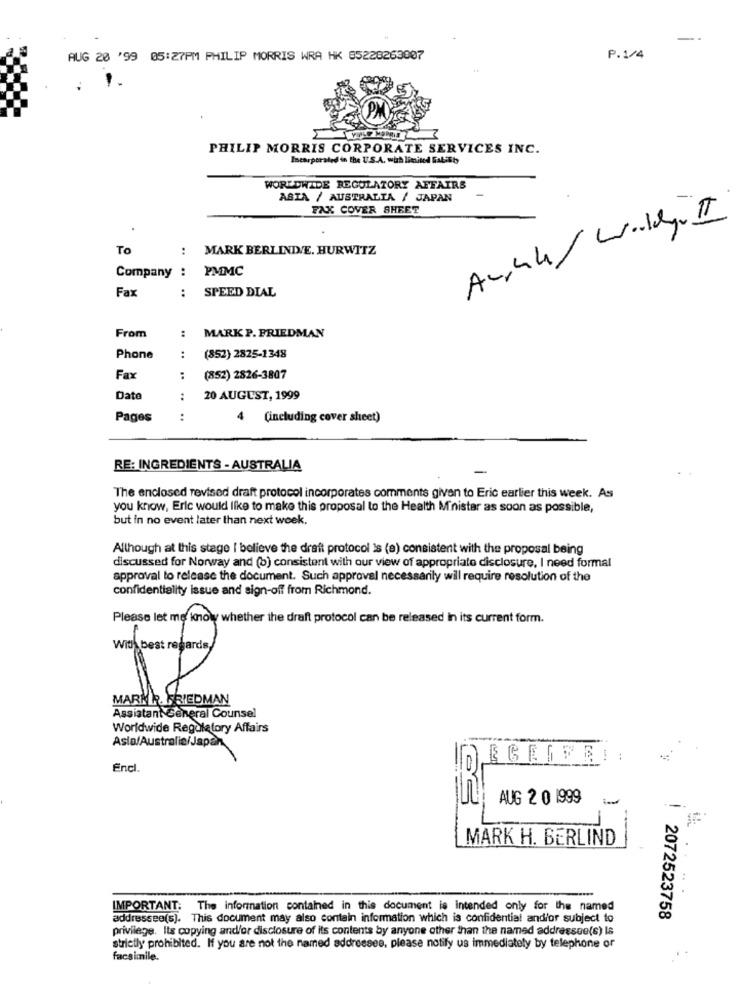
-
AUG 20 '99 05:27PM PHILIP MORRIS WRA HK 85228263007
P.1/4
PHILIP MORRIS CORPORATE SERVICES INC.
Incorporated in the U.S.A. with limited Gabibbo
WORLDWIDE REGULATORY AFFAIRS
ASIA / AUSTRALIA / JAPAN
FAX COVER SHEET
Au,44/ Waldy. It
To
:
MARK BERLINDE. HURWITZ
Company : PMMC
Fax
:
SPEED DIAL
:
From
MARK P. FRIEDMAN
Phone
:
(852) 2825-1348
Fax
:
(852) 2826-3807
Date
:
20 AUGUST, 1999
Pages
:
4
(including cover sheet)
RE: INGREDIENTS - AUSTRALIA
The enclosed revised draft protocol incorporates comments given to Eric earlier this week. As
you know, Eric would like to make this proposal to the Health Minister as soon as possible,
but in no event later than next week.
Although at this stage I believe the draft protocol is (e) consistent with the proposal being
discussed for Norway and (b) consistent with our view of appropriate disclosure, I need formal
approval to release the document. Such approval necessarily will require resolution of the
confidentiality issue and sign-off from Richmond.
Please let me know whether the draft protocol can be released In its current form.
With best regards,
IN
MARK R. FRIEDMAN
Assistant General Counsel
Worldwide Regulatory Affairs
Asia/Australia/Japan
LEGEGRE !:
Encl.
AUG 2 0 1999
--
MARK H. BERLIND
IMPORTANT: The information contained in this document is intended only for the named
addressee(s). This document may also contain information which is confidential and/or subject to
2072523758
privilege. Its copying and/or disclosure of its contents by anyone other than the named addressee(s) Is
strictly prohibited. If you are not the named addressee, please notify us immediately by telephone or
facsimile.